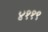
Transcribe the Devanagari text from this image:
४११९